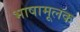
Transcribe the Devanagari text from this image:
भाषामूलक